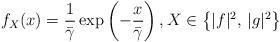
LaTeX: \begin{align*} f_X(x) = \frac{1}{\bar{\gamma}}\exp\left(-\frac{x}{\bar{\gamma}}\right), X \in \left\{|f|^2, \, |g|^2\right\}\end{align*}